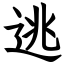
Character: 逃